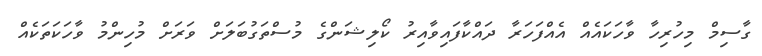
ގާސިމް މިހުރިހާ ވާހަކައެއް އެއްފަހަރާ ދައްކާފައިވާއިރު ކޯލިޝަންގެ މުސްތަގުބަަލަށް ވަރަށް މުހިންމު ވާހަކަތަކެއް